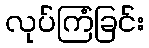
လုပ်ကြံခြင်း